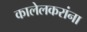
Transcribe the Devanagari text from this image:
कालेलकरांना